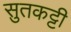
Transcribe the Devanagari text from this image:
सुतकट्टी